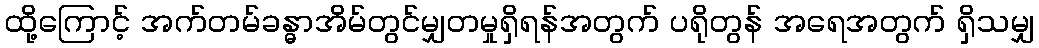
ထို့ကြောင့် အက်တမ်ခန္ဓာအိမ်တွင်မျှတမှုရှိရန်အတွက် ပရိုတွန် အရေအတွက် ရှိသမျှ